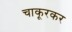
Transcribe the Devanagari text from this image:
चाकूरकर